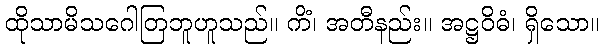
ထိုသာမိသဂေါတြဘူဟူသည်။ ကိံ၊ အတီနည်း။ အဋ္ဌဝိဓံ၊ ရှိသော။